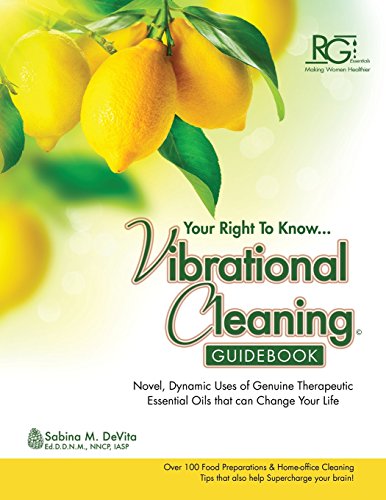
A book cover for Vibrational Cleaning Guide; Sabina DeVita; Crafts, Hobbies & Home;